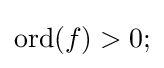
\operatorname {ord} (f)>0;